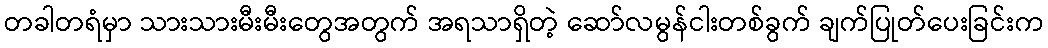
တခါတရံမှာ သားသားမီးမီးတွေအတွက် အရသာရှိတဲ့ ဆော်လမွန်ငါးတစ်ခွက် ချက်ပြုတ်ပေးခြင်းက